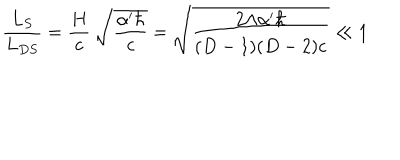
LaTeX: \frac { L _ { S } } { L _ { D S } } = \frac { H } { c } \: \sqrt { \frac { \alpha ^ { \prime } \hbar } { c } } = \sqrt { \frac { 2 \Lambda \alpha ^ { \prime } \hbar } { ( D - 1 ) ( D - 2 ) c } } \ll 1